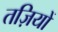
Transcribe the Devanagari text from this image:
तज़ियों